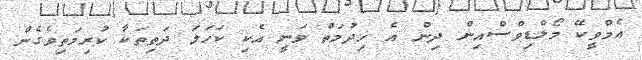
އެމްވީކޭ މޯލްޑިވްސްއިން ދިން އެ ޚިދުމަތް ވަނީ އެކި ކަހަލަ ދަތިތަކާ ކުރިމަތިވެގެން